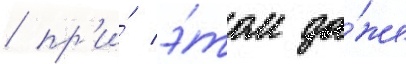
/ пр'и́ э́том да́же